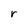
Character: r